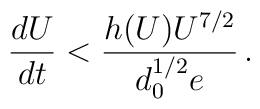
{dU \over dt} < {h(U) U^{7/2} \over d_0^{1/2} e}\,.